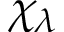
\chi _ { \lambda }